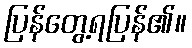
ပြန်တွေ့ရပြန်၏။